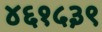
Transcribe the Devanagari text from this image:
४६१५३९